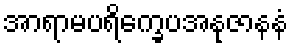
အာရာမပရိက္ခေပအနုဇာနနံ